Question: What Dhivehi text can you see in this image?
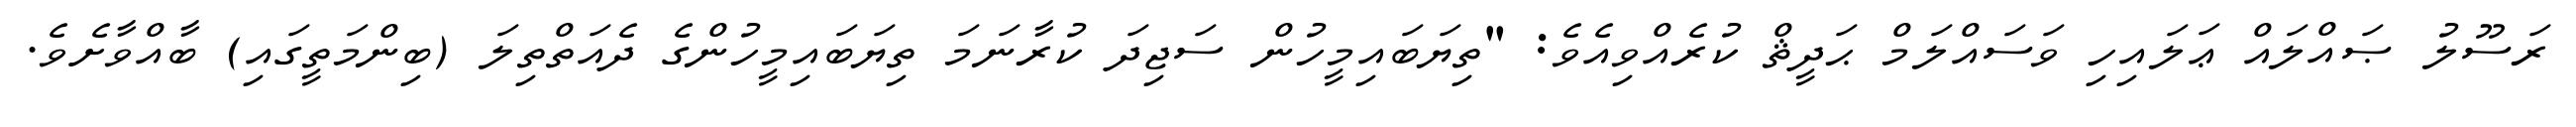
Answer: ރަސޫލު ޞައްލައް ޢަލައިހި ވަސައްލަމް ޙަދީޘް ކުރެއްވިއެވެ: "ތިޔަބައިމީހުން ސަޖިދަ ކުރާނަމަ ތިޔަބައިމީހުންގެ ދެއަތްތިލަ (ބިންމަތީގައި) ބާއްވާށެވެ.